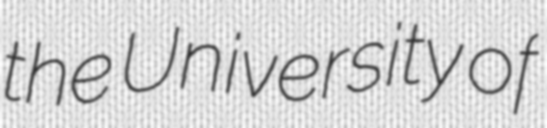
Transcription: the University of